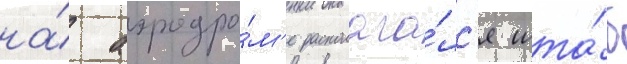
на́ аэродро́м'е располага́лс'я шта́б